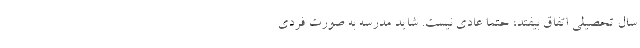
سال تحصیلی اتفاق بیفتد، حتماً عادی نیست. شاید مدرسه به صورت فردی